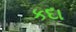
કદા